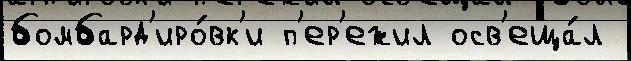
бомбард'иро́вк'и п'ер'ежил осв'еща́л